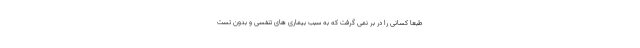
طبعا کسانی را در بر نمی گرفت که به سبب بیماری های تنفسی و بدون تست